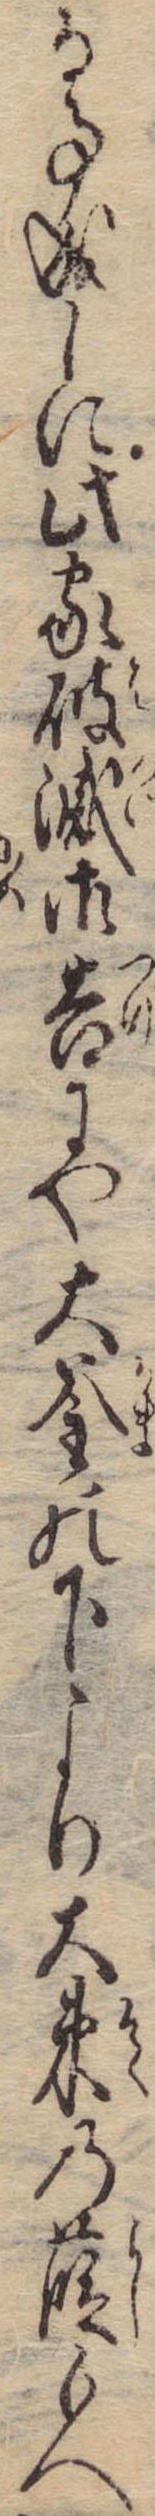
る事成しに此家破滅御告にや大釜の下より大束の葭もへ